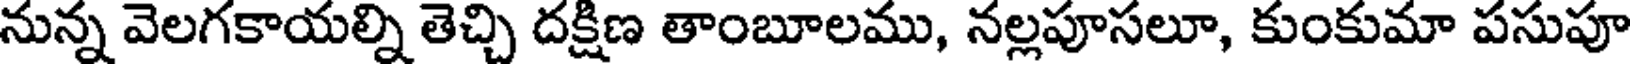
నున్న వెలగకాయల్ని తెచ్చి దక్షిణ తాంబూలము, నల్లపూసలూ, కుంకుమా పసుపూ